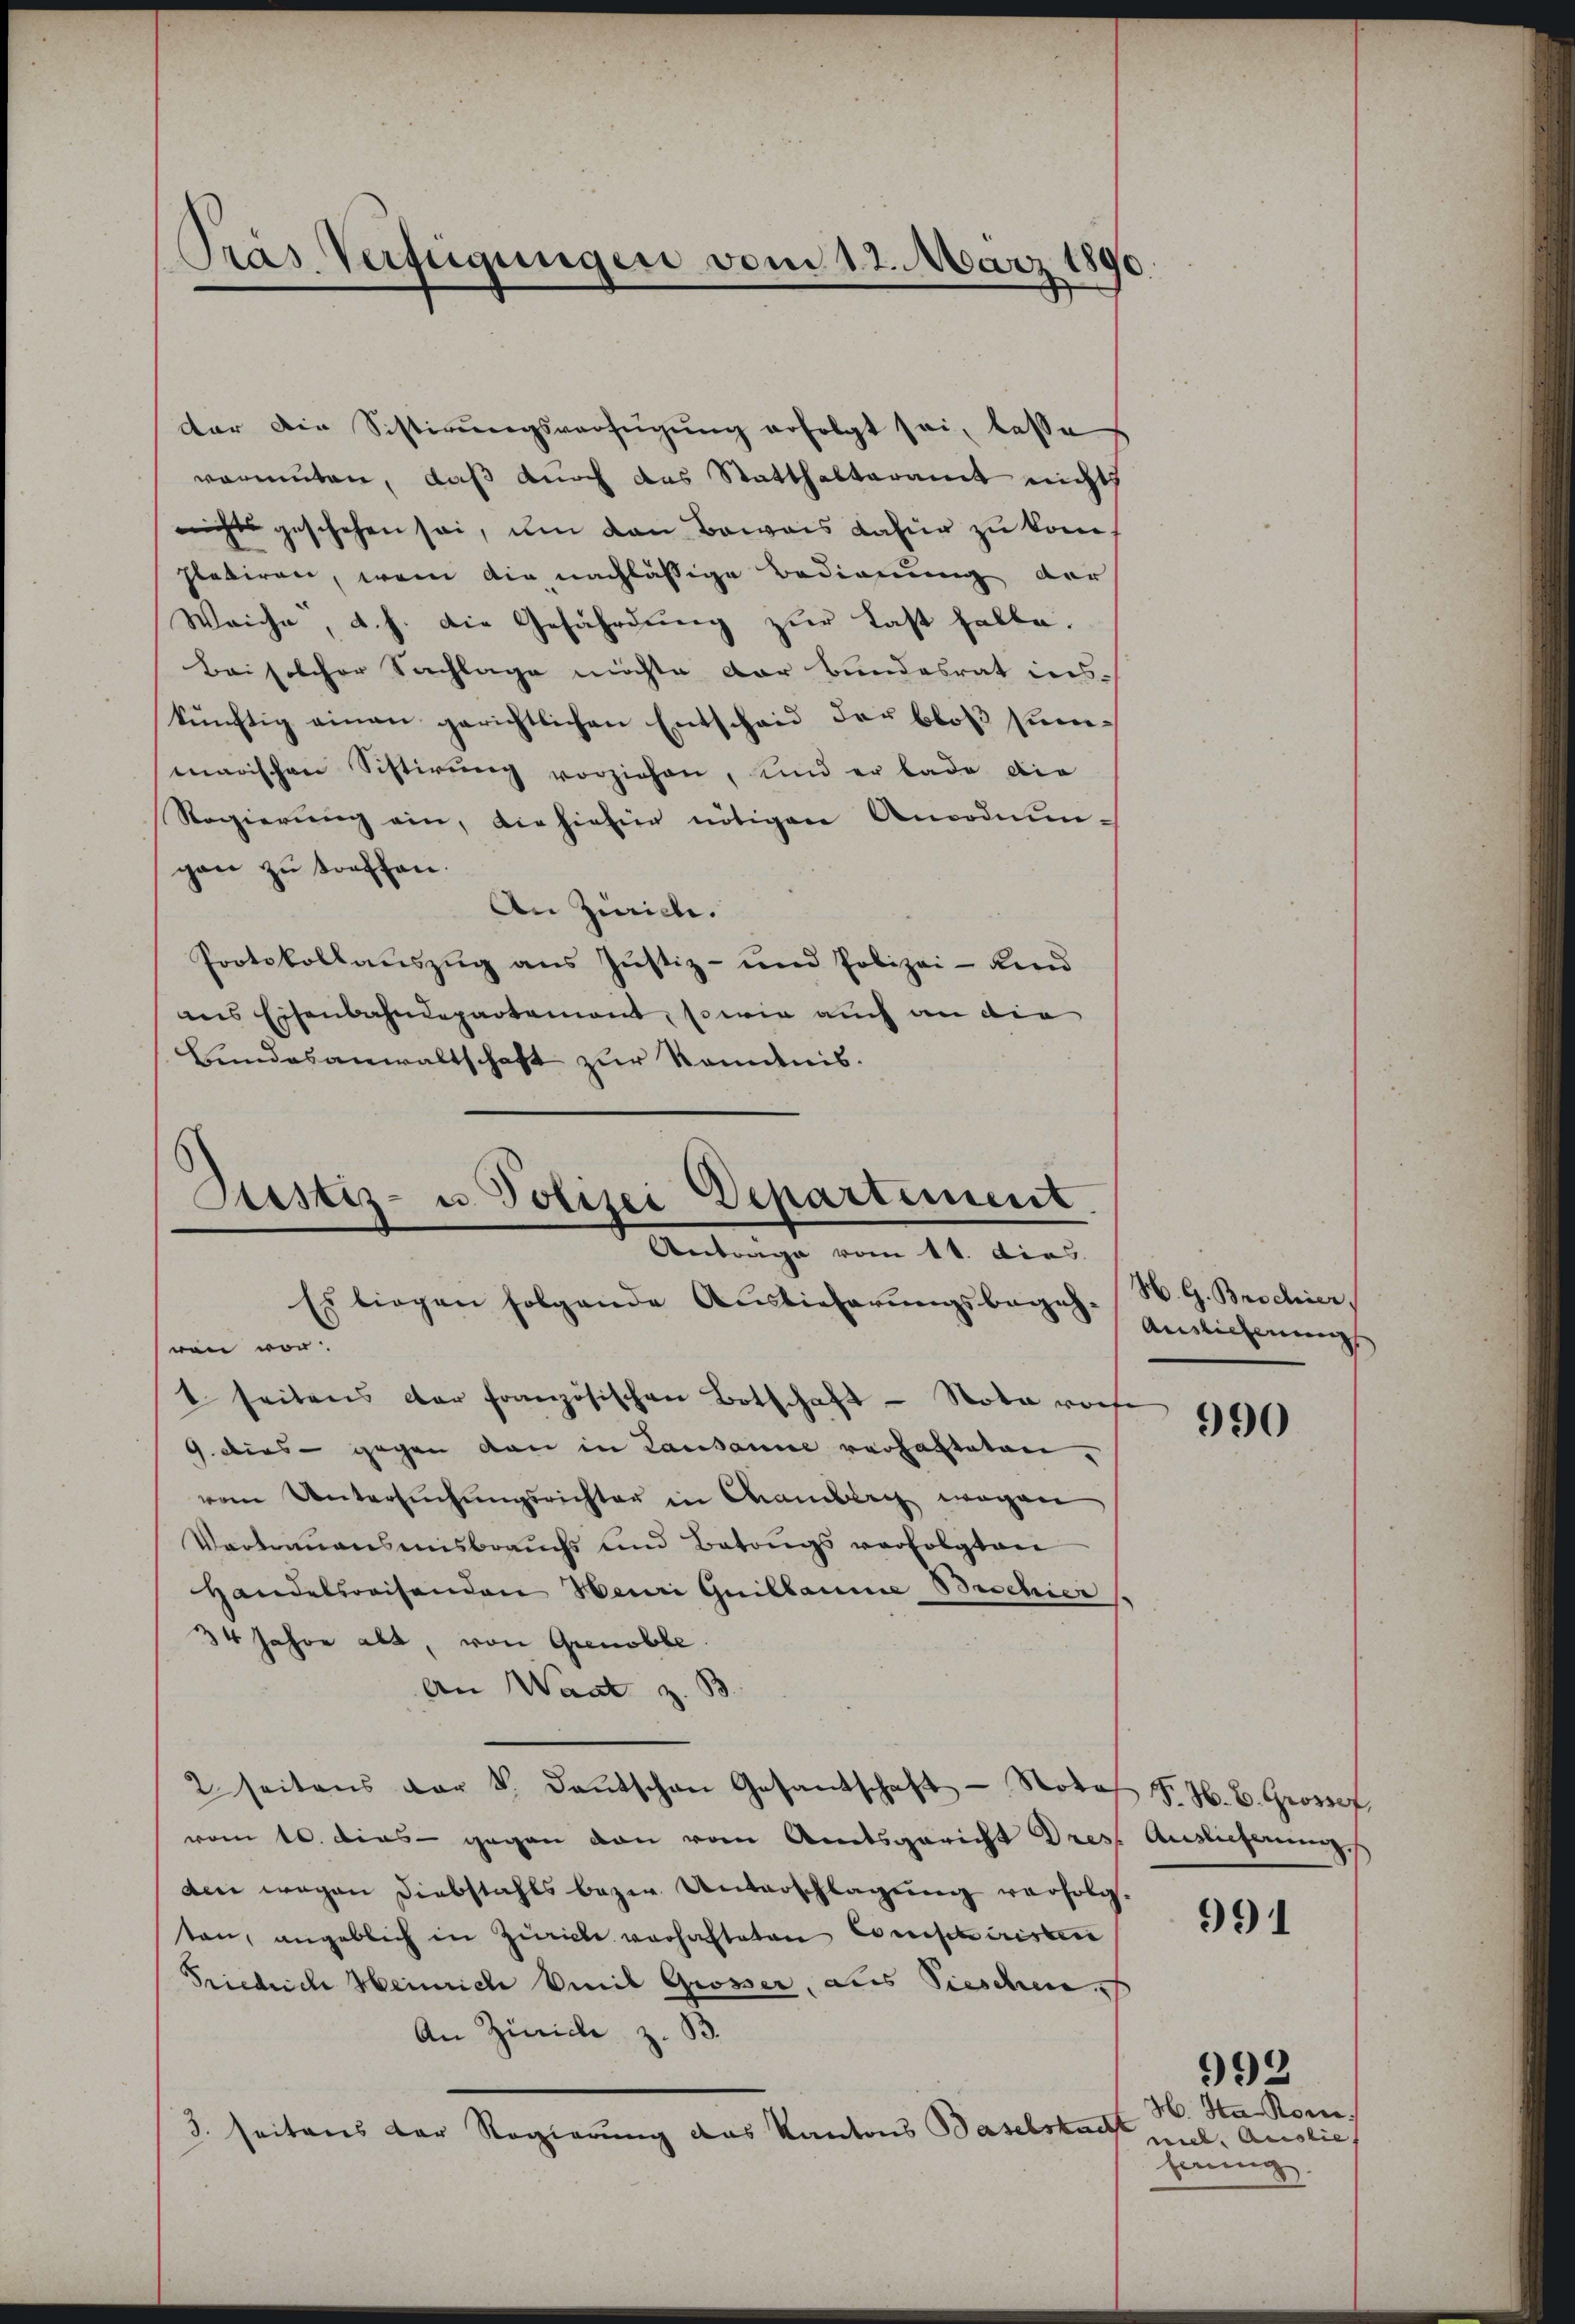
¬
Pras Verfügungen vom 12. März 1890.

der die Sistirungsverfügung erfolgt sei, lasse
vormuten, daß durch das Statthalteramt nicht
nichts geschehen sei, um den Beweis dafür zu kom
pletiren, wenn die nachlässige Bedienung der
Weiche, d. h. die Gefährdung zur Last halte.
Bei solcher Sachlage möchte der Bundesrat ins-
künftig einen gerichtlichen Entscheid der bloβ summarischen Sistirung vorziehen, und er bade die
Regierŭng ein, die hiesig nötigen Anordnungen zu treffen.
An Zürich.
Protokollauszug aus Justiz- und Polizei - Ke
ins Eisenbahndepartement, sowie auch an die
Bundesanwaltschaft zur Kenntnis.

Bestiz- u Polizei Departiment.
Antrage vom 11. dies
Es liegen folgende Auslieferungsbeges Genehmungs

sren vor d
t seitens der französischen Botschaft - Nota vorhe
9 dies - gegen den in Lausanne verhalteten,
vom Untersŭchŭngsrichter in Chamberg wegen
Vertrauensmisbrauchs und Betrugs verfolgten
Handelsreisenden Heuri Guillaume Beschier
34 Jahre alt, von Grenoble
An Want z. B
2 seitens der V. Dantschen Gesantschaft - Note F. H. B. Grossef.
vom 10. dies - gegen von vom Amtsgericht Dres Auslicherung
den wegen Diebstahls bezw. Unterschlagŭng verfolg.
ten, angeblich in Zürich vorhafteten Consisteristen
Friedrich Heinrich mit Grosser, als Sieschen
An Zürich z. B.
3. seitens der Regierung das Kantons Baselstacht

H. G. Brodhier

990

991

H. Ha Rom.
niel, Auslie
ferung.

992